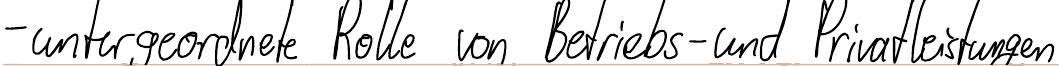
- untergeordnete Rolle von Betriebs- und Privatleistungen